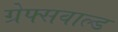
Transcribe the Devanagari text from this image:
ग्रेफ्सवाल्ड